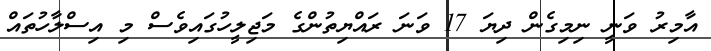
އާމިރު ވަނީ ނިމިގެން ދިޔަ 17 ވަނަ ރައްޔިތުންގެ މަޖިލީހުގައިވެސް މި އިސްލާހުތައް